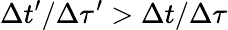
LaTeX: \Delta t^{\prime}/\Delta\tau^{\prime}>\Delta t/\Delta\tau